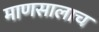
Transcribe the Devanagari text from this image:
माणसालाच